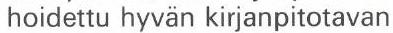
hoidettu hyvän kirjanpitotavan